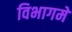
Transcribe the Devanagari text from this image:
विभागमें